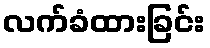
လက်ခံထားခြင်း